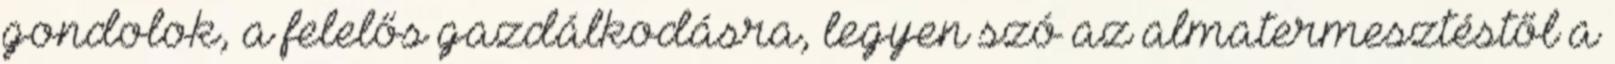
gondolok, a felelős gazdálkodásra, legyen szó az almatermesztéstől a